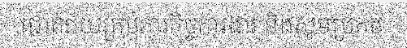
ជោគជ័យគ្រប់ភារកិច្ចការងារ និងសូមប្រកប